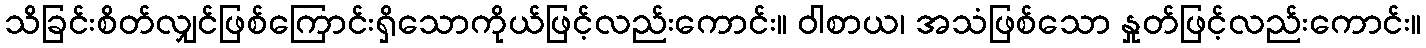
သိခြင်းစိတ်လျှင်ဖြစ်ကြောင်းရှိသောကိုယ်ဖြင့်လည်းကောင်း။ ဝါစာယ၊ အသံဖြစ်သော နှုတ်ဖြင့်လည်းကောင်း။